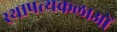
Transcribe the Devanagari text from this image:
स्थापत्यकलाओं